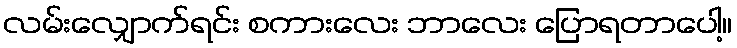
လမ်းလျှောက်ရင်း စကားလေး ဘာလေး ပြောရတာပေါ့။